Scottish Leaving Certificate Examination, 1960
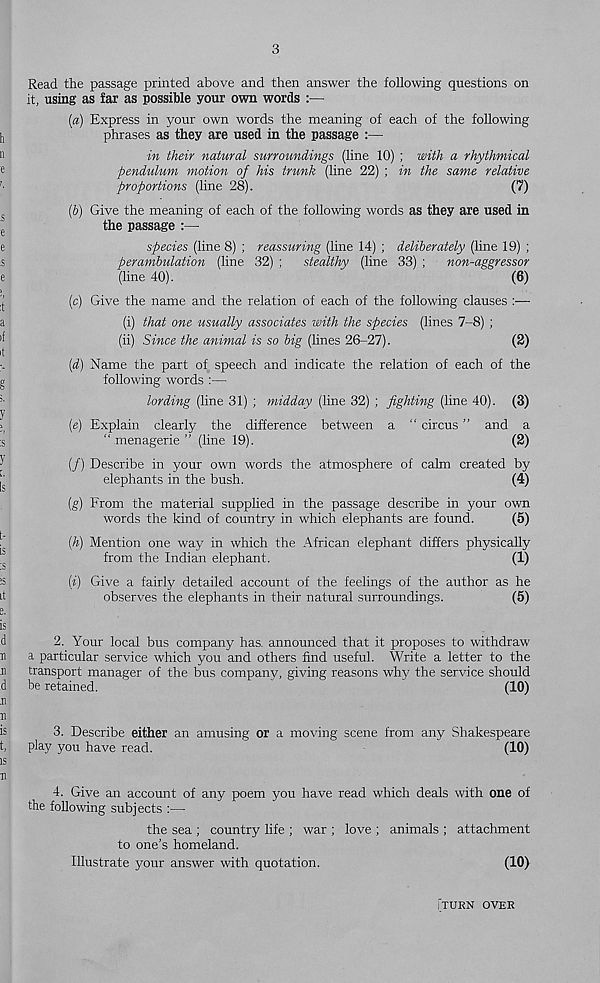
3
Read the passage printed above and then answer the following questions on
it, using as far as possible your own words :—
(а) Express in your own words the meaning of each of the following
phrases as they are used in the passage :—
in their natural surroundings (line 10) ; with a rhythmical
pendulum motion of his trunk (line 22) ; in the same relative
proportions (line 28).
(7)
(б) Give the meaning of each of the following words as they are used in
the passage :—
species (line 8) ; reassuring (line 14) ; deliberately (line 19) ;
perambulation (line 32) ;
stealthy (line 33) ;
non-aggressor
(line 40).
(6)
(c) Give the name and the relation of each of the following clauses —
(i) that one usually associates with the species (lines 7-8) ;
(ii) Since the animal is so big (lines 26-27).
(2)
{d) Name the part of speech and indicate the relation of each of the
following words :—
lording (line 31) ; midday (line 32) ; fighting (line 40). (3)
[e) Explain clearly the difference between a “ circus ” and a
" menagerie ” (line 19).
(2)
(/) Describe in your own words the atmosphere of calm created by
elephants in the bush.
(4)
[g) From the material supplied in the passage describe in your own
words the kind of country in which elephants are found.
(5)
[h) Mention one way in which the African elephant differs physically
from the Indian elephant.
(1)
[i) Give a fairly detailed account of the feelings of the author as he
observes the elephants in their natural surroundings.
(5)
2.
Your local bus company has. announced that it proposes to w
a particular service which you and others find useful. Write a letter to the
transport manager of the bus company, giving reasons why the service should
be retained.
(10)
3.
Describe either an amusing or a moving scene from any Sha
play you have read.
(10)
4.
Give an account of any poem you have read which deals wit
the following subjects :—
the sea ; country life ; war ; love ; animals ; attachment
to one’s homeland.
Illustrate your answer with quotation.
(10)
;TURN OVER